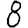
Digit: 8